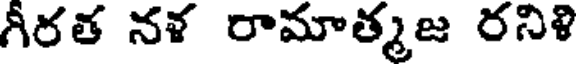
గీరత నళ రామాత్మజ రనిళి